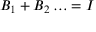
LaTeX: B _ { 1 } + B _ { 2 } \ldots = I